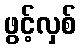
ဖွင့်လှစ်